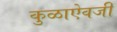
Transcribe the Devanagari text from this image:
कुळाऐवजी